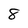
Character: 8